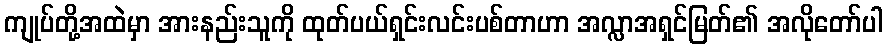
ကျုပ်တို့အထဲမှာ အားနည်းသူကို ထုတ်ပယ်ရှင်းလင်းပစ်တာဟာ အလ္လာအရှင်မြတ်၏ အလိုတော်ပါ